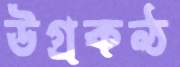
উগ্রকণ্ঠ